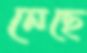
নেছে